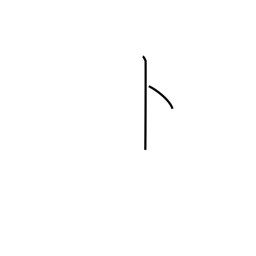
Meaning: divining